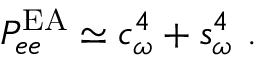
P _ { e e } ^ { \mathrm { E A } } \simeq c _ { \omega } ^ { 4 } + s _ { \omega } ^ { 4 } \ .